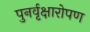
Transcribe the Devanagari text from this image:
पुनर्वृक्षारोपण